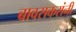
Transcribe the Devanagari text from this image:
बावसकरांनी